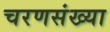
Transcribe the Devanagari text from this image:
चरणसंख्या